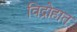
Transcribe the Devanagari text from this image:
विद्रोहात